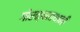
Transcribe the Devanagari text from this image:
गोरक्षनाथानी